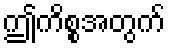
ဤကိစ္စအတွက်